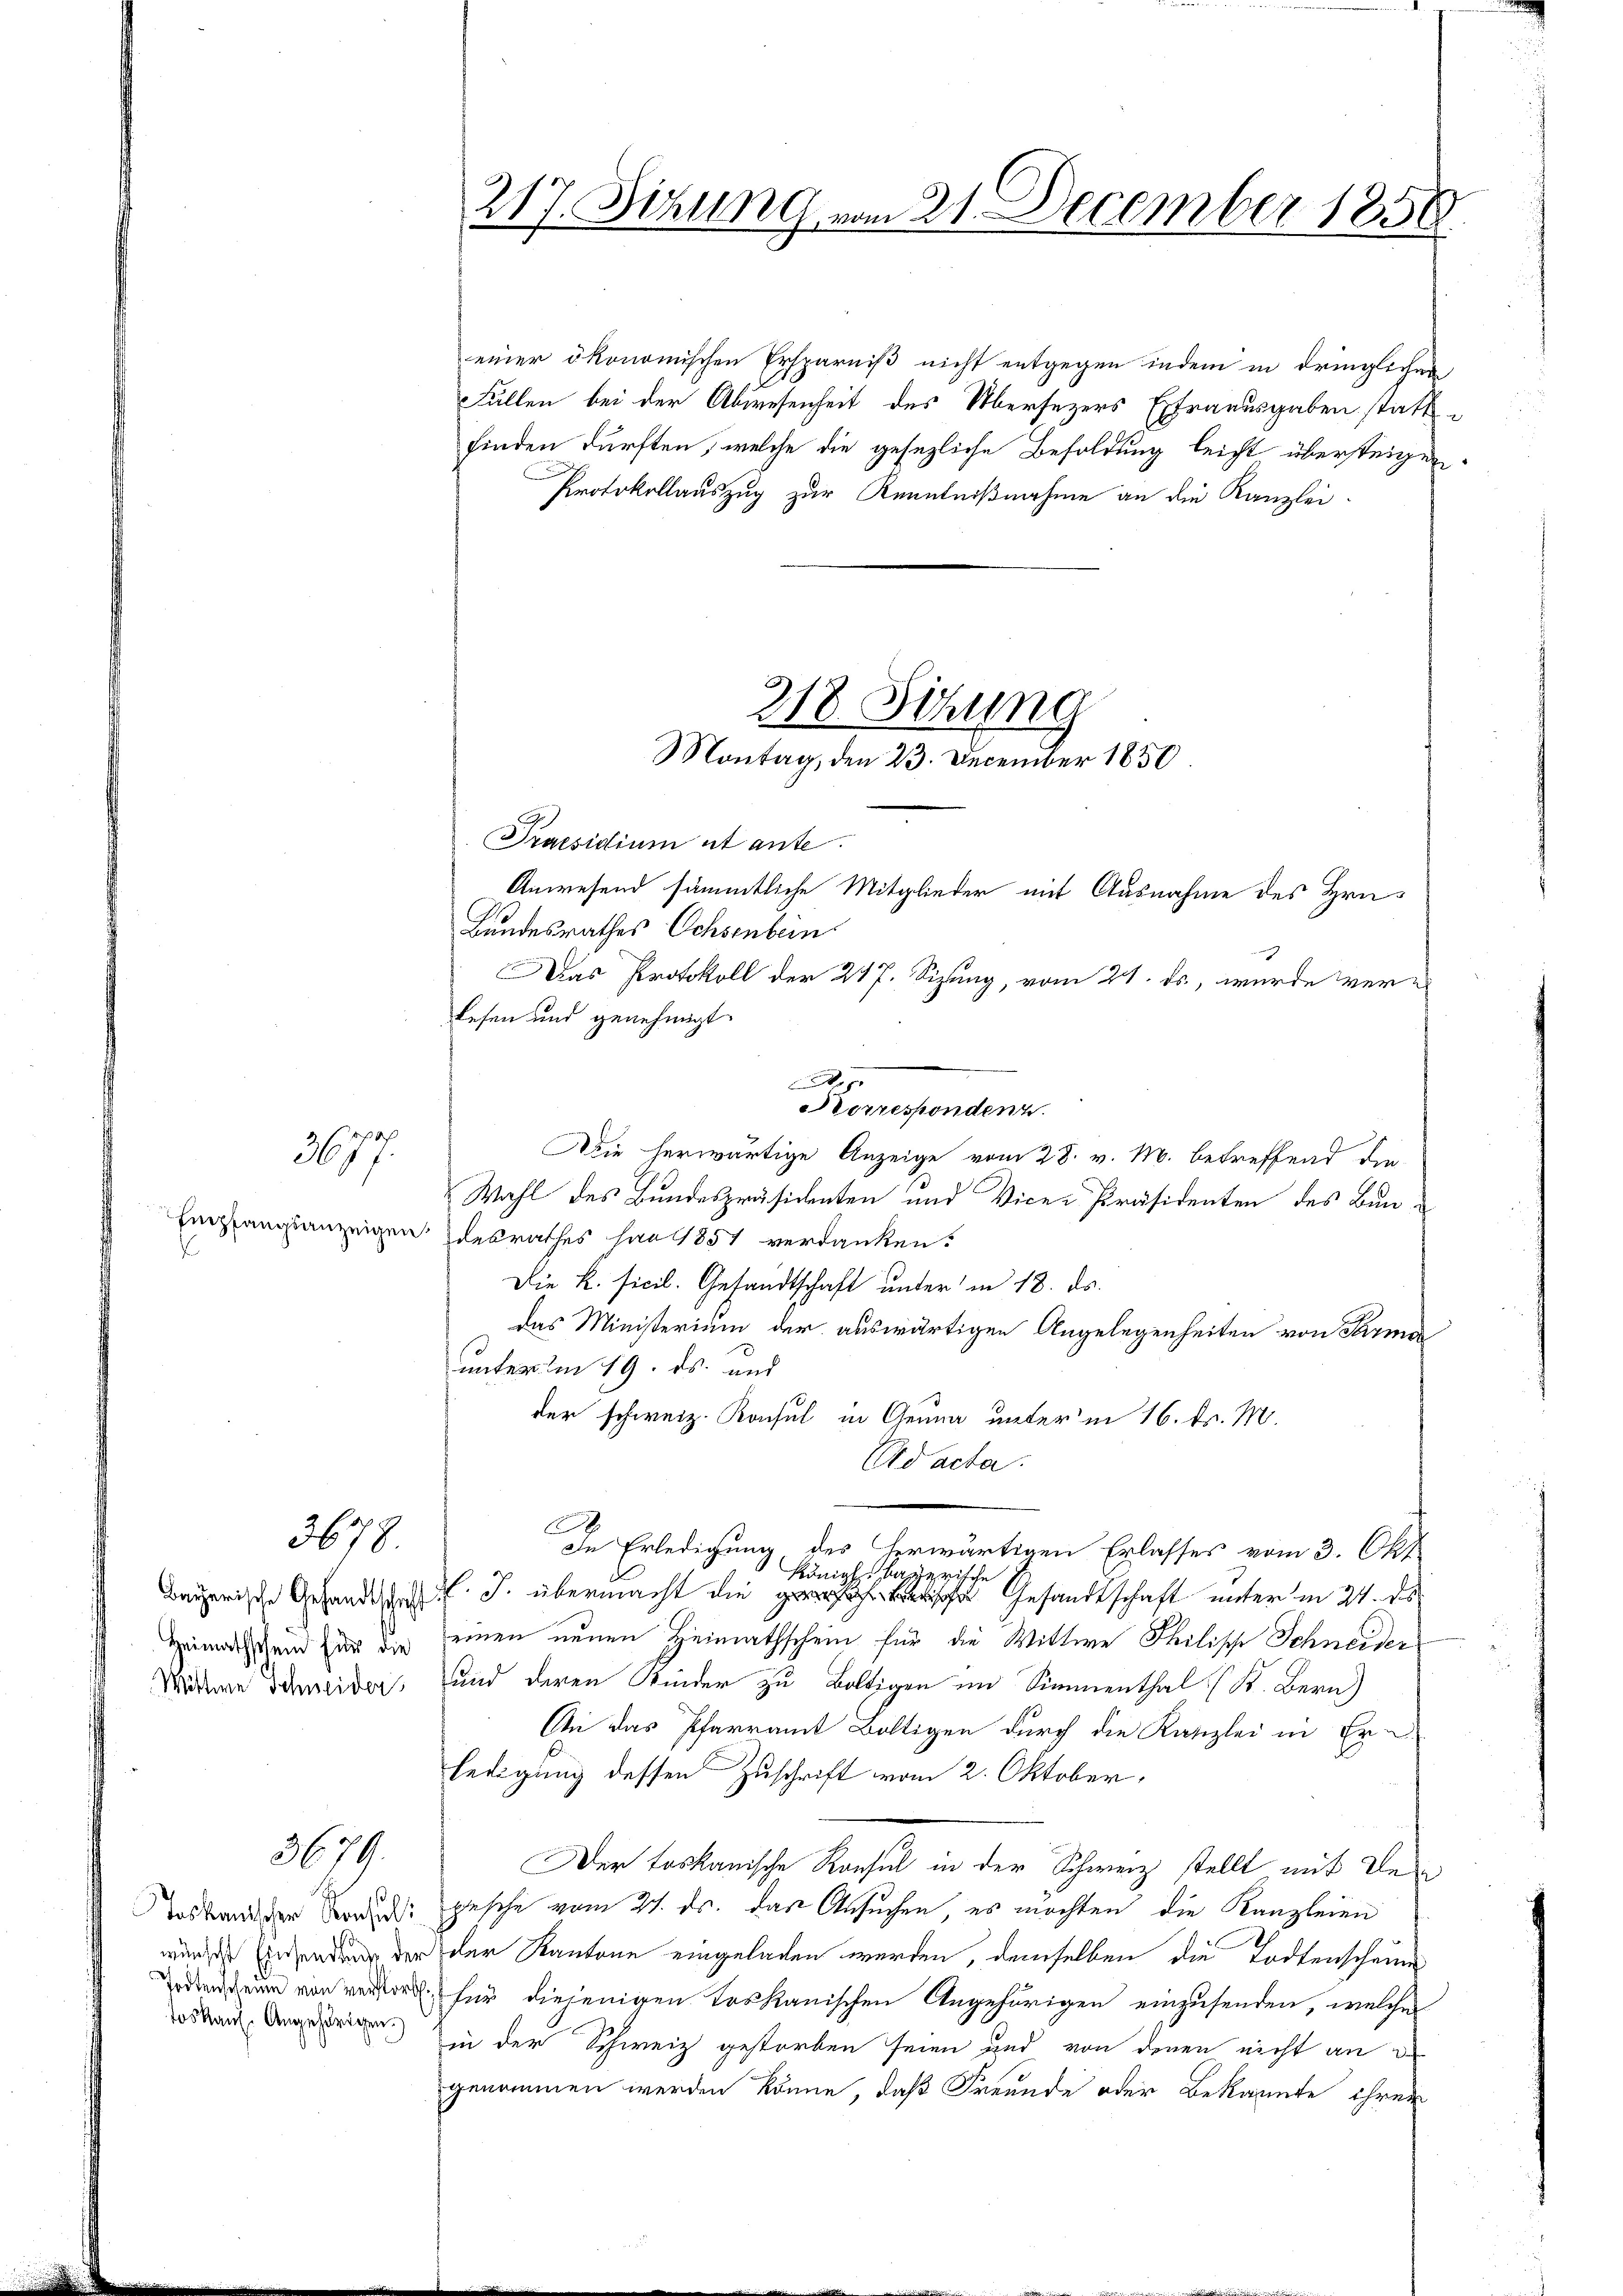
.

2677.

Mittwe Schweider

3678.

36. 79.

toskauf Angehörigen.

217. Sitzung vom 21. December 1858

einer ökonomischen Ersparniß nicht entgegen indem in dringlicher
Füllen bei der Abwesenheit des Übersezers Extraausgaben stattfinden dürften, welche die gesezliche Besoldung leicht übersteigen.
Protokollauszug zur Kenntnißnahme an die Kanzlei-

Anwesend sämmtliche Mitglieder mit Ausnahme des Hrn.
Bundesrathes Ochsenbein
Das Protokoll der 217. Sizung, vom 21. ds., wurde verlesen und genehmigt
.
9
errespondenz.
Die herwärtige Anzeige vom 28. v. M. betreffend die
Wahl des Bundespräsidenten und Vice-Präsidenten des Bun¬
Empfangsanzeigen desrathes han 1857 verdanken.
Die k. Ficil. Gesandtschaft unter in 18. ds.
das Ministerium der auswärtigen Angelegenheiten von Sarma
unter im 19. ds. und
der schweiz. Konsul in Genua unterm 16. Dr. M.
Ad acta.
A
In Erledigung des herwärtigen Erlasses vom 3. Okt
Königl. bayerische
Beizerische Gesand. J. übermacht die Gesandtschaft unterm 21. ds.
Heimatschend zur die einen neuen Heimathschein für die Wittwe Philische Schneider
und deren Kinder zu Boltigen im Simmenthal (K. Bern)
An das Pfarramt Boltigen durch die Kanzlei in Er-
ledigung dessen Zuschrift vom 2. Oktober,
Der toskanische Konsul in der Schweiz stellt mit Deoander B. gesche vom 21. ds. das Ansuchen, es möchten die Kanzleien
wurde Einsendung der der Kantone eingeladen werden, demselben die Todtenschein
edenen von versich für diejenigen toskanischen Angehörigen einzusenden, welcher
in der Schweiz gestorben seien und von denen nicht an d
genommen werden könne, daß Freunde oder Bekannte ihren

218. Sitzung
Montag, den 23. December 1850
Praesidium et ante.